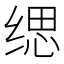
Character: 缌